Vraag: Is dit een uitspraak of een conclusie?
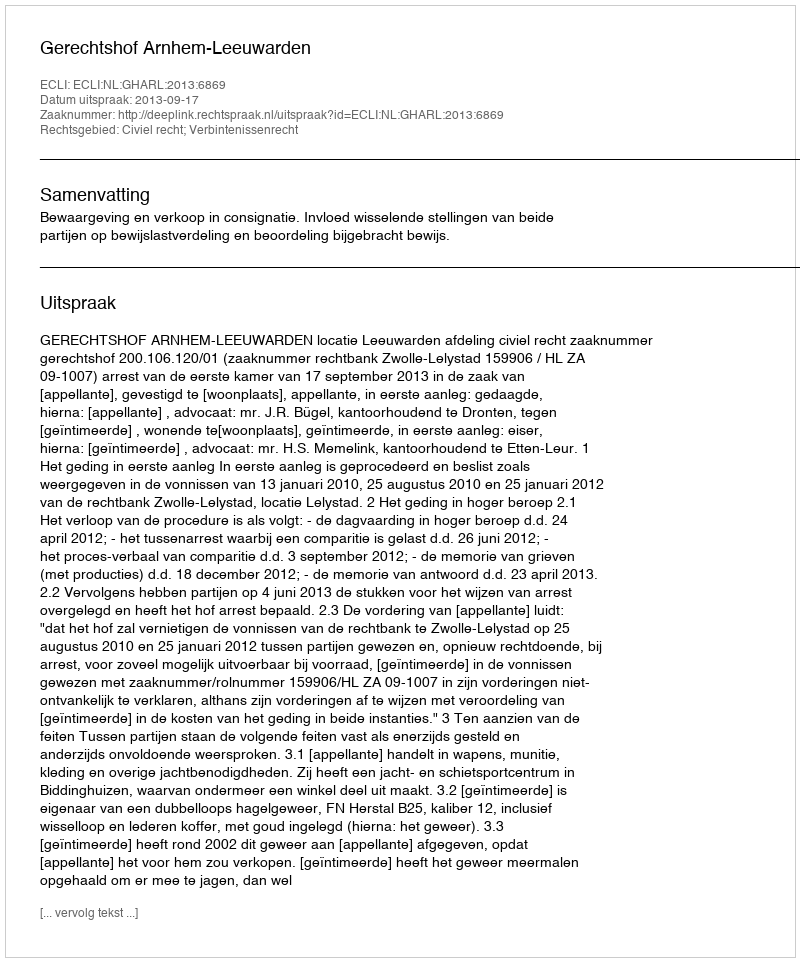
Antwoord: Uitspraak